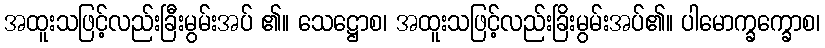
အထူးသဖြင့်လည်းခြီးမွမ်းအပ် ၏။ သေဋ္ဌောစ၊ အထူးသဖြင့်လည်းခြိးမွမ်းအပ်၏။ ပါမောက္ခက္ခောစ၊